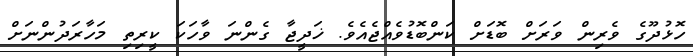
ހޮޅުދޫގެ ވެރިން ވަރަށް ބޮޑަށް ކަންބޮޑުވެއްޖެއެވެ. ޚަދީޖާ ގެންނަ ވާހަކަ ކީރިތި މަހާރަދުންނަށް